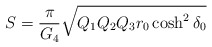
\begin{align*}S = {\pi\over G_4}\sqrt{ Q_1 Q_2 Q_3 r_0 \cosh^2 \delta_0}\end{align*}